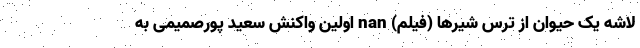
لاشه یک حیوان از ترس شیر‌ها (فیلم) nan اولین واکنش سعید پورصمیمی به